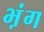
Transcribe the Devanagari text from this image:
भ़ंग